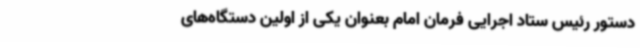
دستور رئیس ستاد اجرایی فرمان امام بعنوان یکی از اولین دستگاه‌های